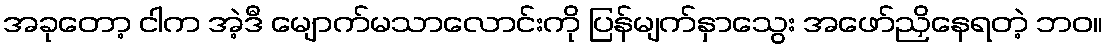
အခုတော့ ငါက အဲ့ဒီ မျောက်မသာလောင်းကို ပြန်မျက်နှာသွေး အဖော်ညှိနေရတဲ့ ဘဝ။